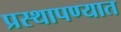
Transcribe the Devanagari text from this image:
प्रस्थापण्यात